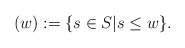
\begin{align*}\normalfont(w):=\{s\in S|s\leq w\}.\end{align*}